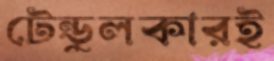
টেন্ডুলকারই